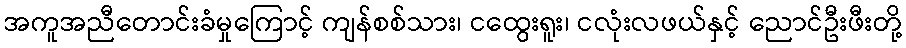
အကူအညီတောင်းခံမှုကြောင့် ကျန်စစ်သား၊ ငထွေးရူး၊ ငလုံးလဖယ်နှင့် ညောင်ဦးဖီးတို့